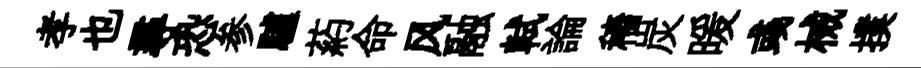
孝也尋恐参驢葯命风融軾論穡炭暖彧械撲